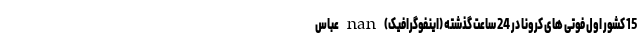
15 کشور اول فوتی های کرونا در 24 ساعت گذشته (اینفوگرافیک) nan عباس